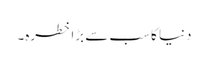
دنیا کا سب سے بڑا خطرہ۔